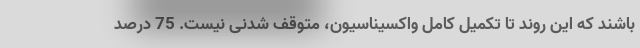
باشند که این روند تا تکمیل کامل واکسیناسیون، متوقف شدنی نیست. 75 درصد